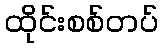
ထိုင်းစစ်တပ်